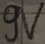
Text: 9V